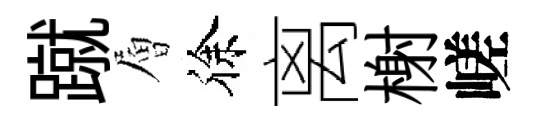
蹴層徐离榭嵯